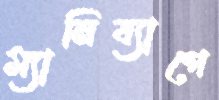
ম্যানিব্যাগে